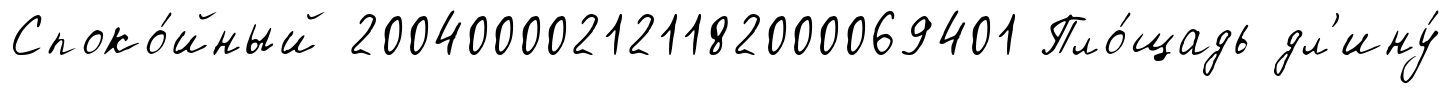
Споко́йный 200400002121182000069401 Пло́щадь дл'ину́